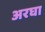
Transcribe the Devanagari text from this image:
अरघा